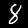
Label: 8